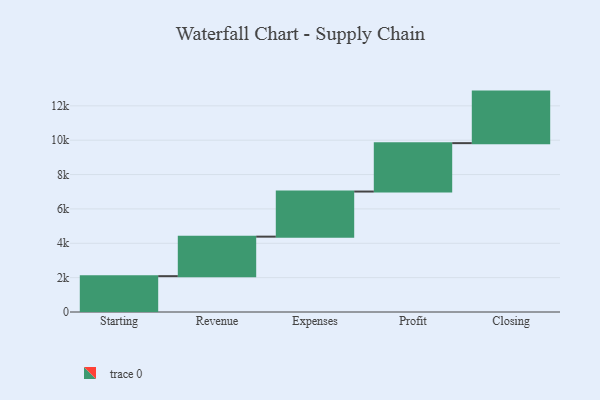
{"axis": {"x": "Step", "y": "Value"}, "legend": [""], "data": [{"x": "Starting", "y": 2086.0, "type": ""}, {"x": "Revenue", "y": 2300.0, "type": ""}, {"x": "Expenses", "y": 2626.0, "type": ""}, {"x": "Profit", "y": 2817.0, "type": ""}, {"x": "Closing", "y": 3000, "type": ""}]}